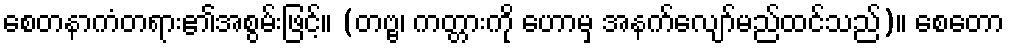
စေတနာကံတရား၏အစွမ်းဖြင့်။ (တဗ္ဗ၊ ကတ္တားကို ဟောမှ အနက်လျော်မည်ထင်သည်)။ စေတော